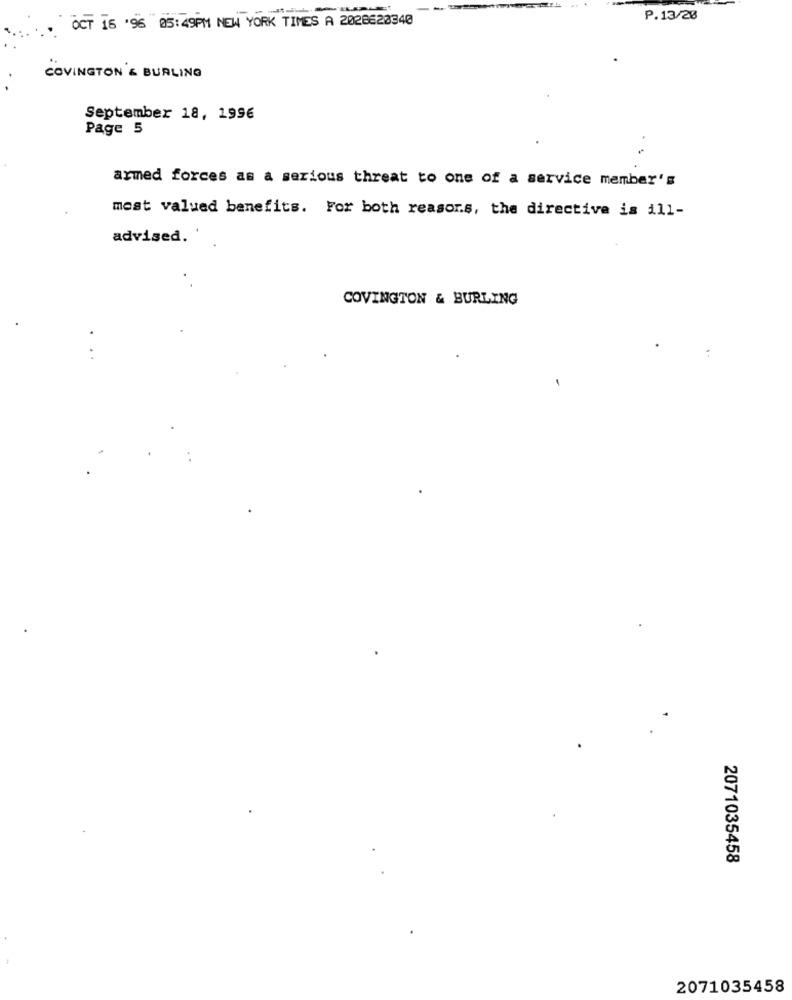
P.13/20
OCT 16 '96 05:49PM NEW YORK TIMES A 2028620340
COVINGTON'& BURLING
September 18, 1996
Page 5
armed forces as a serious threat to one of a service member's
most valued benefits. For both reasor.s, the directive is ill-
advised. '
COVINGTON & BURLING
..
..
2071035458
2071035458